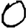
Digit: 0